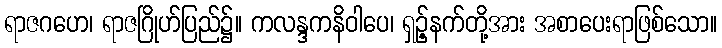
ရာဇဂဟေ၊ ရာဇဂြိုဟ်ပြည်၌။ ကလန္ဒကနိဝါပေ၊ ရှဉ့်နက်တို့အား အစာပေးရာဖြစ်သော။